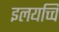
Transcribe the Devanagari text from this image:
इलयच्चि